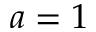
a = 1